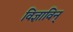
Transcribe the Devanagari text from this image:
विज्ञाविन्